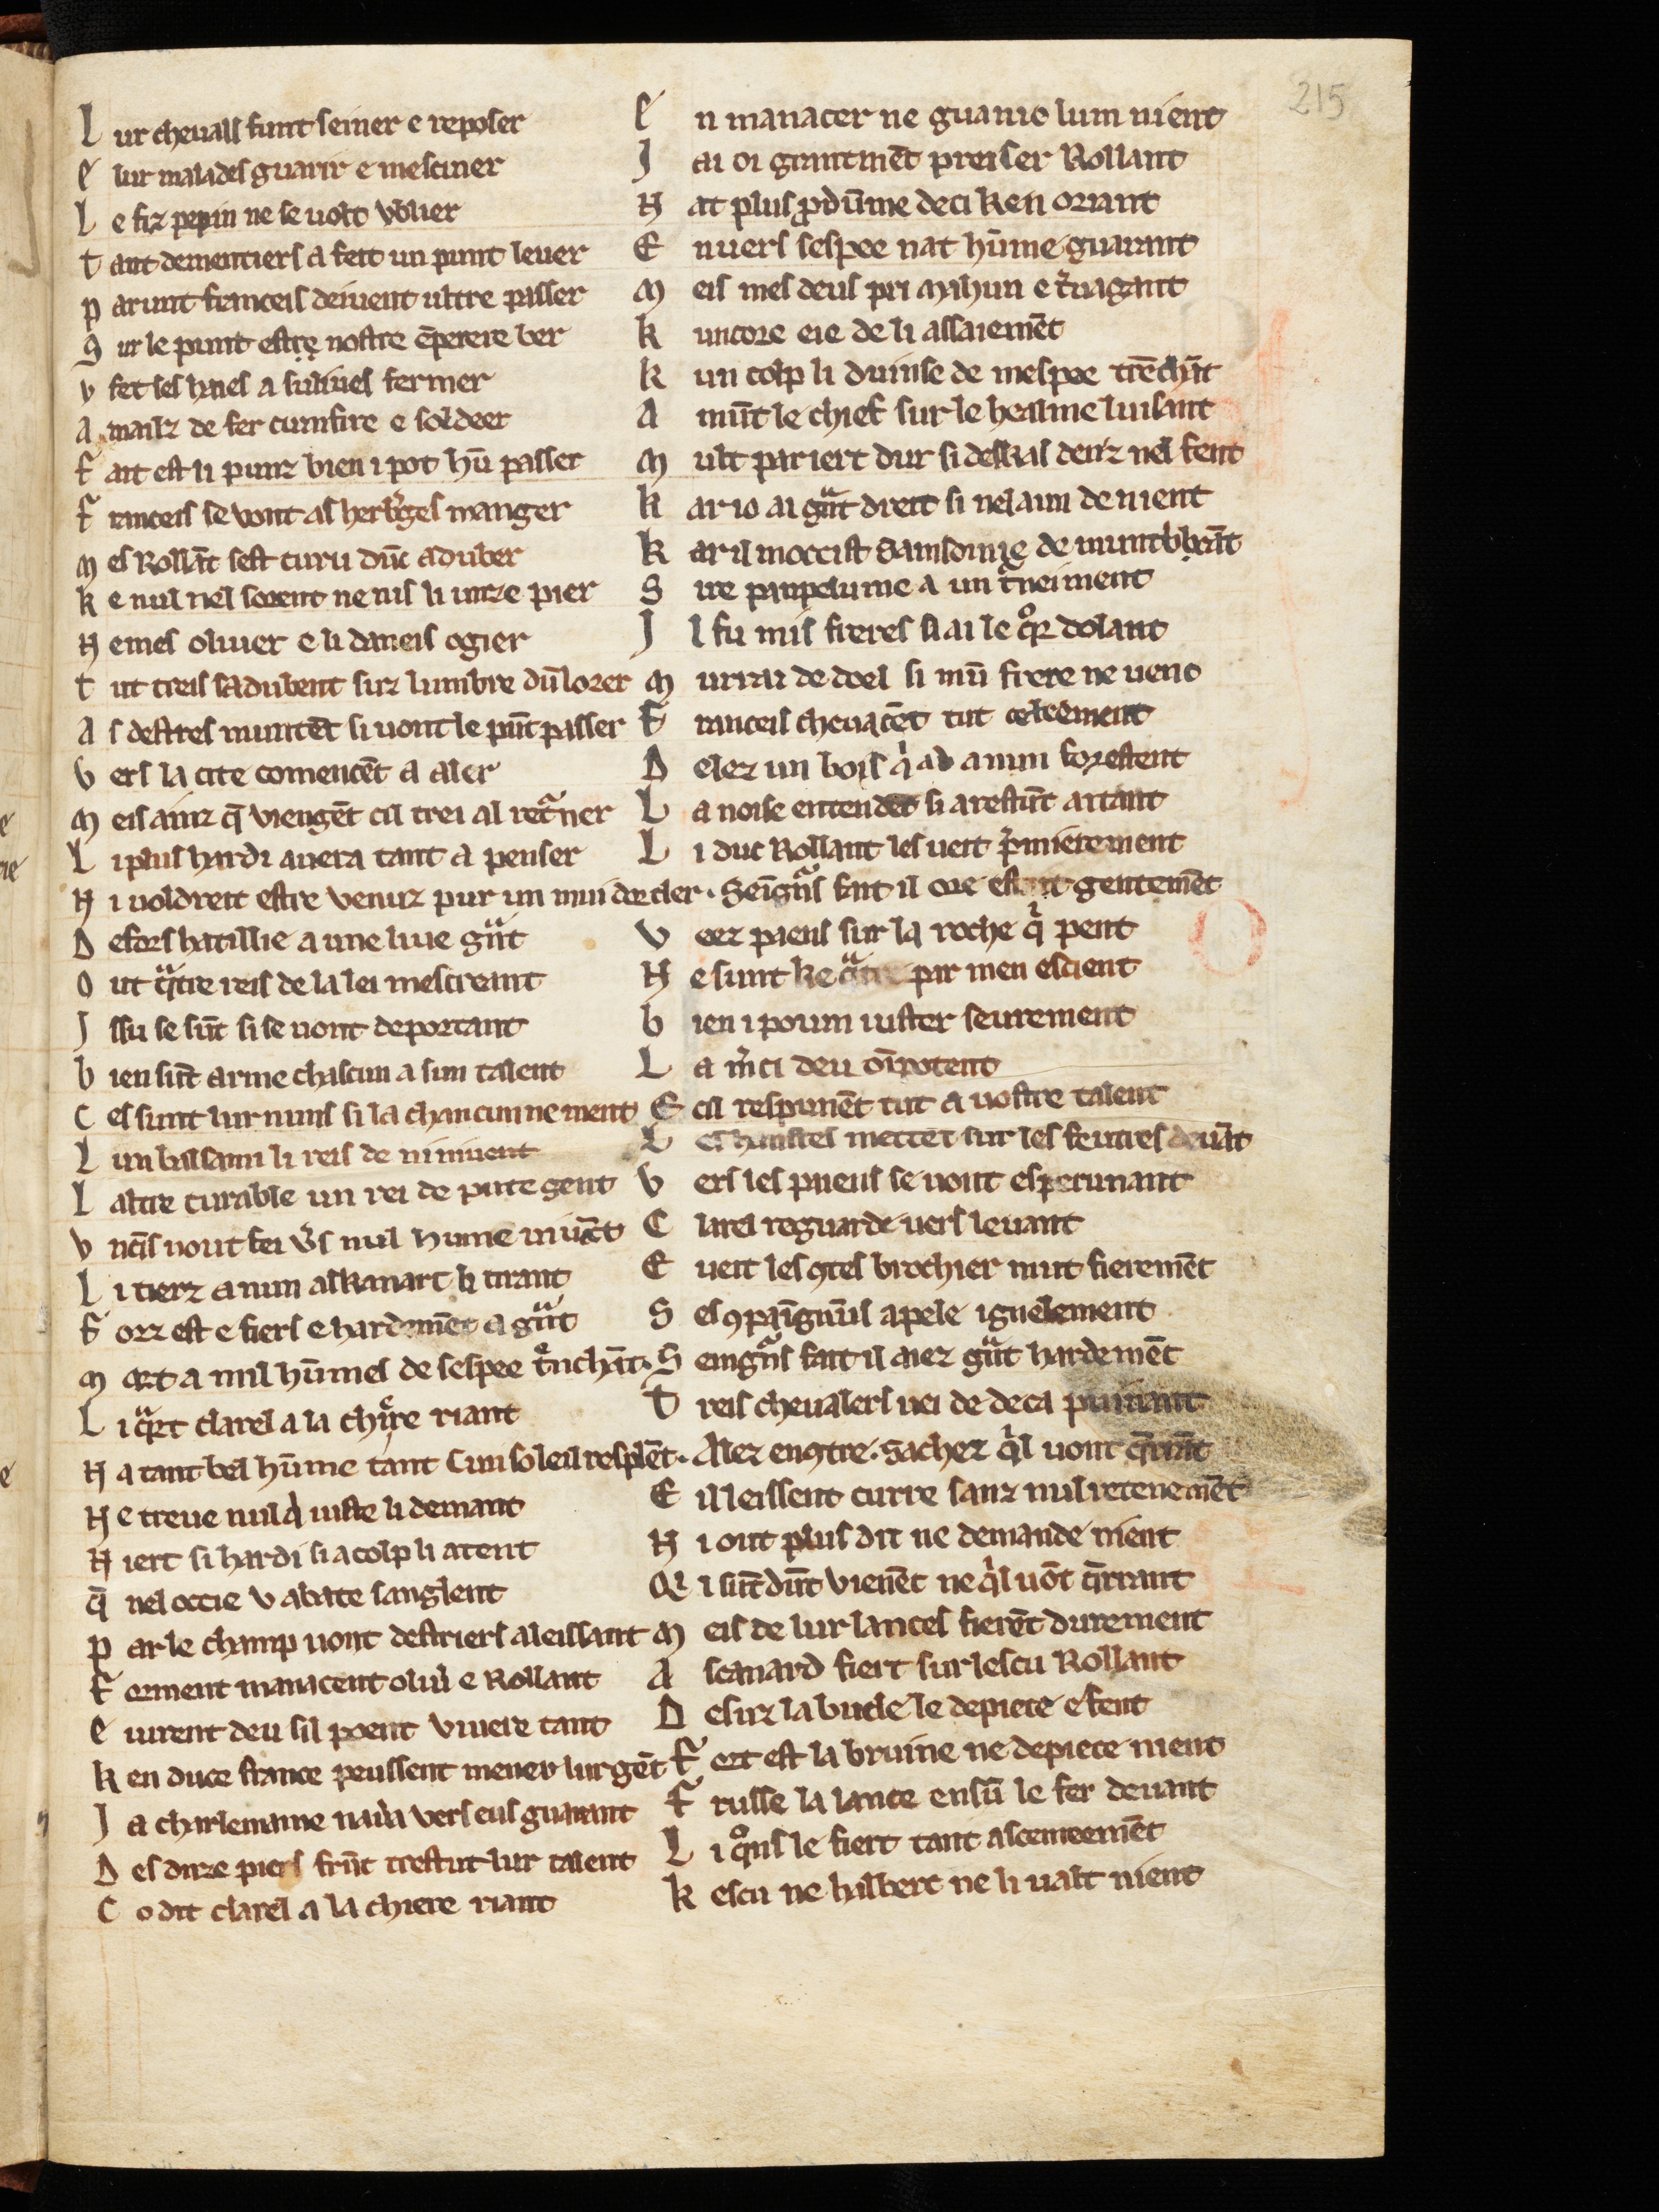
Shelfmark: Cologne, Bodmer, 168
Century: 13